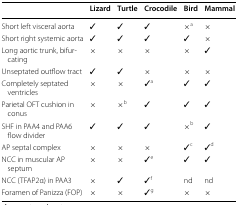
|  | Lizard | Turtle | Crocodile | Bird | Mammal |
 | --- | --- | --- | --- | --- | --- |
 | Short left visceral aorta | ✓ | ✓ | ✓ | ×a | × |
 | Short right systemic aorta | ✓ | ✓ | ✓ | ✓ | × |
 | Long aortic trunk, bifurcating | × | × | × | × | ✓ |
 | Unseptated outflow tract | ✓ | ✓ | × | × | × |
 | Completely septated ventricles | × | × | ✓a | ✓ | ✓ |
 | Parietal OFT cushion in conus | × | ×b | ✓ | ✓ | ✓ |
 | SHF in PAA4 and PAA6 flow divider | ✓ | ✓ | ✓ | ×b | ✓ |
 | AP septal complex | × | × | × | ✓c | ✓d |
 | NCC in muscular AP septum | × | × | ✓e | ✓ | ✓ |
 | NCC (TFAP2α) in PAA3 | × | ✓ | ✓f | nd | nd |
 | Foramen of Panizza (FOP) | × | × | ✓g | × | × |